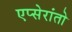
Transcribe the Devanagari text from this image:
एप्सेरांतो